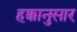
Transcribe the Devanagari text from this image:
हक्कानुसार